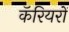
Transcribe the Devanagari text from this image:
कॅरियरों